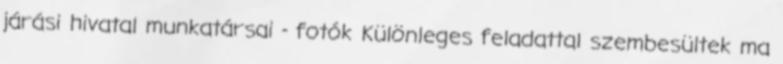
járási hivatal munkatársai - fotók Különleges feladattal szembesültek ma